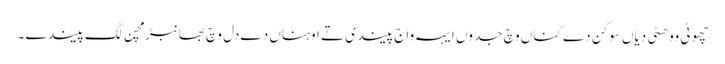
چھوٹی ووھٹی دیاں سوکن دے کناں وچ جدوں ایہہ واج پیندی تے اوہناں دے دل وچ بھانبڑ مچن لگ پیندے ۔